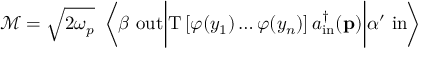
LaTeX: { \mathcal { M } } = { \sqrt { 2 \omega _ { p } } } \ \left\langle \beta \ \mathrm { o u t } { \bigg | } \mathrm { T } \left[ \varphi ( y _ { 1 } ) \ldots \varphi ( y _ { n } ) \right] a _ { \mathrm { i n } } ^ { \dagger } ( \mathbf { p } ) { \bigg | } \alpha ^ { \prime } \ \mathrm { i n } \right\rangle